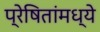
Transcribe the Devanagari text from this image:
प्रेषितांमध्ये